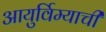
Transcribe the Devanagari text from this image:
आयुर्विम्याची